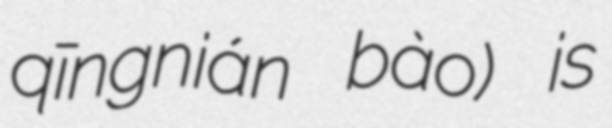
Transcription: qīngnián bào) is